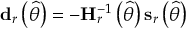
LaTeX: \mathbf { d } _ { r } \left( { \widehat { \theta } } \right) = - \mathbf { H } _ { r } ^ { - 1 } \left( { \widehat { \theta } } \right) \mathbf { s } _ { r } \left( { \widehat { \theta } } \right)